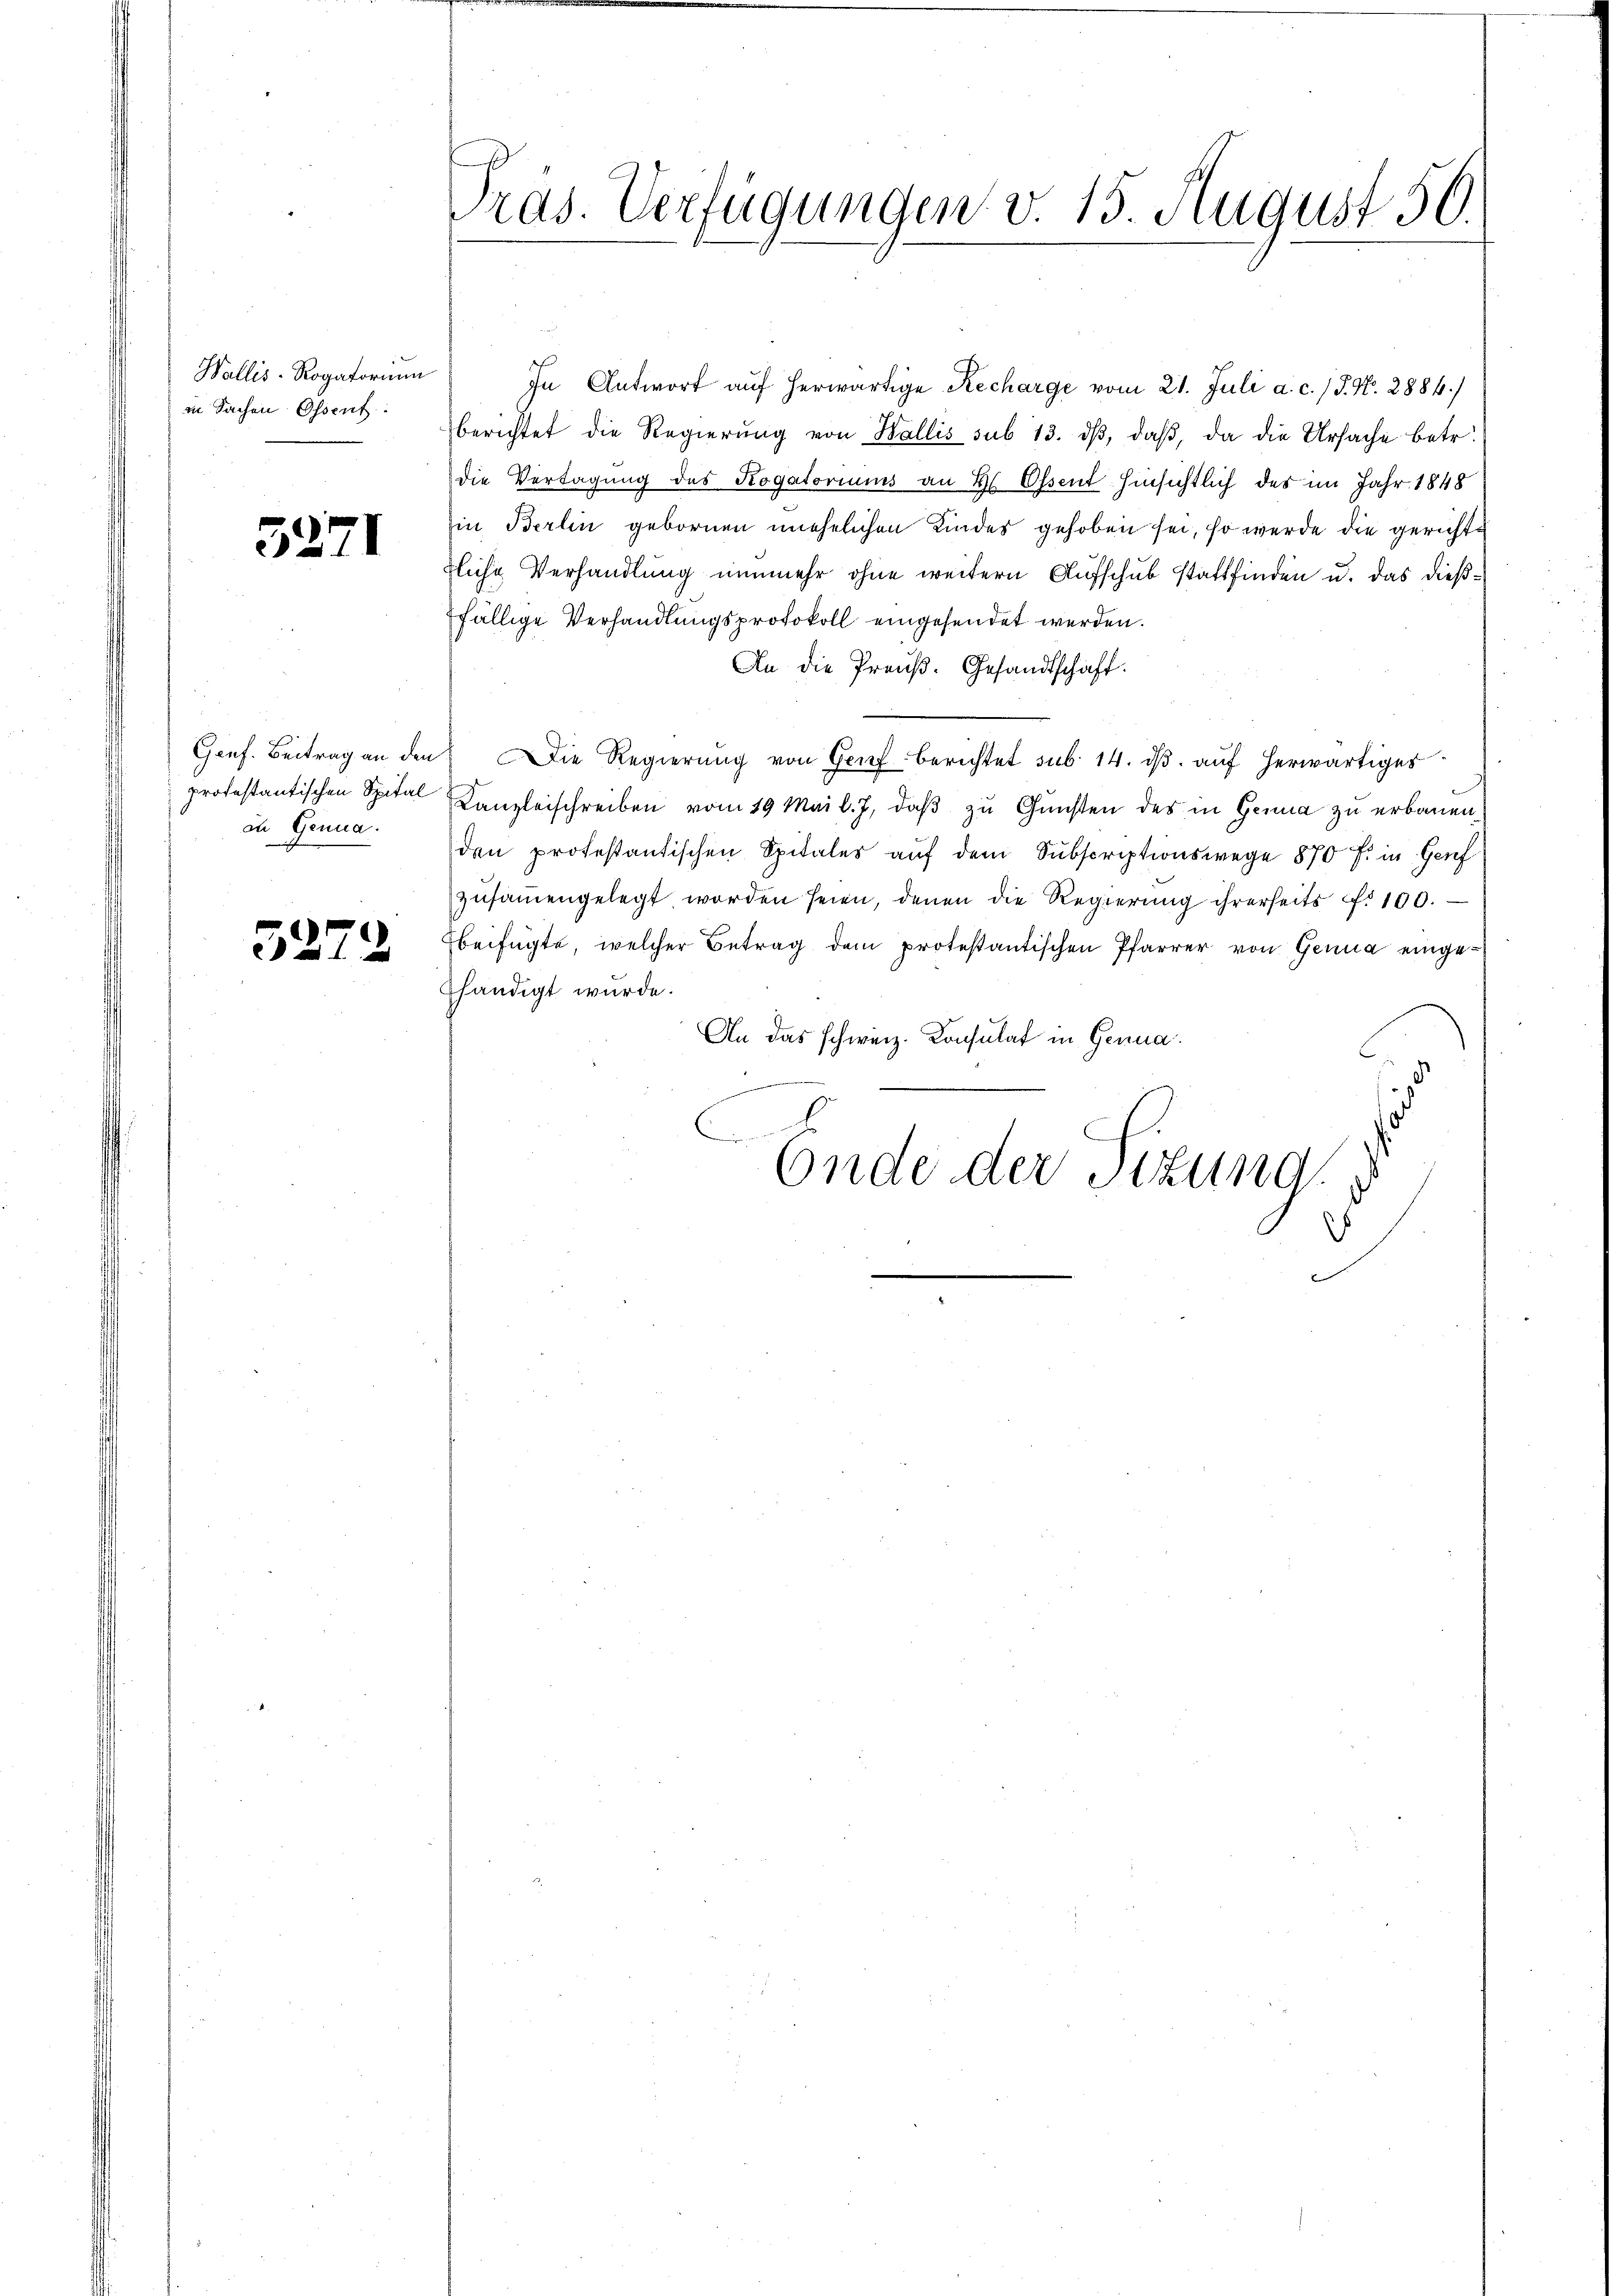
Wallis Rogatorium
in Sachen Ossent.

5271

an Genua.

5279

In Antwort auf herwärtige Recharge vom 21. Juli a. c. /J. N. 2884/
berichtet die Regierung von Wallis sub 13. dβ, daß, da die Ursache betr.
die Vertagung des Rogatoriums an Hr. Ossent hinsichtlich des im Jahr 1848
in Berlin gebornen unehelichen Kindes gehoben sei, so werde die gerichtfliche Verhandlung nunmehr ohne weitern Aufschub stattfinden u. das dießffällige Verhandlungsprotokoll eingesendet werden.
An die Preuß. Gesandtschaft.
Genf. Beitrag an den Die Regierung von Graf berichtet sub. 14. dβ aŭf herwärtiges
protestantischen Spital Kanzleischreiben vom 19 Mai l. J. daß zu Gunsten des in Genua zu erbauenden protestantischen Spitales aŭf dem Subscriptionswege 870 f. in Genf
zŭsaṁengelegt worden seien, denen die Regierŭng ihrerseits Nr 100.
Ebeifügte, welcher Betrag dem protestantischen Pfarrer von Genua eingehändigt wurde.
An das schweiz. Konsulat in Genua
uren unteres
Ende der Sitzung

Pras. Verfügungen v. 15. August 50.